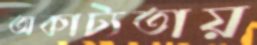
অকাট্যতায়